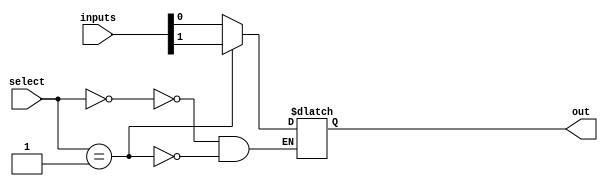
module mux_32_1 (
    input [31:0] inputs,
    input [4:0] select,
    output reg out
);

always @(*) begin
    case(select)
        5'b00000: out = inputs[0];
        5'b00001: out = inputs[1];
        // Continue with the rest of the cases for inputs[2] through inputs[31]
        // Add as many cases as needed to cover all 32 input signals
    endcase
end

endmodule